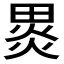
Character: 𭻞